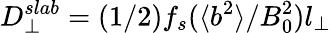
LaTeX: D_{\perp}^{slab}=(1/2)f_{s}(\langle b^{2}\rangle/B_{0}^{2})l_{\perp}